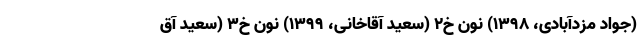
(جواد مزدآبادی، ۱۳۹٨) نون خ۲ (سعید آقاخانی، ۱۳۹٩) نون خ۳ (سعید آق